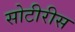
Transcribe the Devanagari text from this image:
सोटीरीस